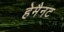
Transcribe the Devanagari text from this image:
हेमैनट